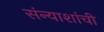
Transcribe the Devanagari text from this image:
संन्याशांची